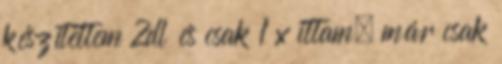
készítettem 2dl és csak 1 x ittam, már csak